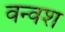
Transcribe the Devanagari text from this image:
वन्वश